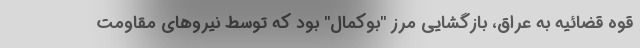
قوه قضائیه به عراق، بازگشایی مرز "بوکمال" بود که توسط نیروهای مقاومت